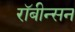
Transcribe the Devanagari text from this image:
रॉबीन्सन